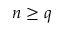
n \geq q